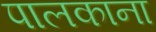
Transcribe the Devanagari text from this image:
पालकाना